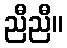
ညီညီ။